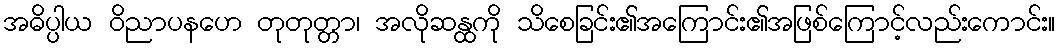
အဓိပ္ပါယ ဝိညာပနဟေ တုတုတ္တာ၊ အလိုဆန္ထကို သိစေခြင်း၏အကြောင်း၏အဖြစ်ကြောင့်လည်းကောင်း။